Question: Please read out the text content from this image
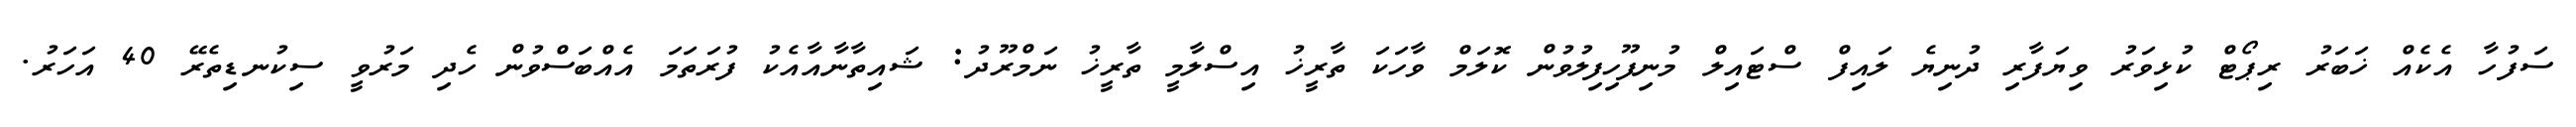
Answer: ސަފުހާ އެކެއް ޚަބަރު ރިޕޯޓް ކުޅިވަރު ވިޔަފާރި ދުނިޔެ ލައިފް ސްޓައިލް މުނިފޫހިފިލުވުން ކޮލަމް ވާހަކަ ތާރީޚު އިސްލާމީ ތާރީޚު ނަމްރޫދު: ޝައިތާނާއާއެކު ފުރަތަމަ އެއްބަސްވުން ހެދި މަރުވީ ސިކުނޑިތެރޭ 40 އަހަރު.